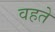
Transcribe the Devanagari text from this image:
वहते